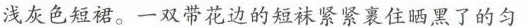
浅灰色短裙。一双带花边的短袜紧紧裹住晒黑了的匀